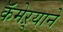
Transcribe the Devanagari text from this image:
कॅमेऱ्याने